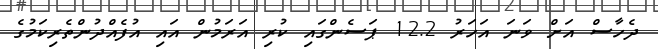
ދެހާސް އަށް ވަނަ އަހަރު 12.2 ޕަސެންގައި ކުރި އަރަމުން އައި އުފެއްދުންތެރިކަމުގެ